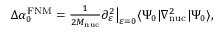
\begin{array} { r } { \Delta \alpha _ { 0 } ^ { \mathrm { F N M } } = \frac { 1 } { 2 M _ { \mathrm { n u c } } } \partial _ { \varepsilon } ^ { 2 } \big | _ { \varepsilon = 0 } \langle \Psi _ { 0 } | \nabla _ { \mathrm { n u c } } ^ { 2 } | \Psi _ { 0 } \rangle , } \end{array}